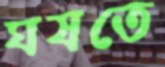
ঘষতে